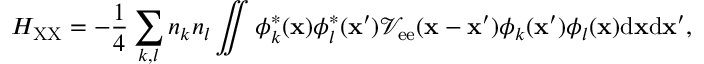
H _ { \mathrm { X X } } = - \frac { 1 } { 4 } \sum _ { k , l } { n _ { k } n _ { l } \iint { \phi _ { k } ^ { * } ( { \bf x } ) \phi _ { l } ^ { * } ( { \bf x } ^ { \prime } ) \mathcal { V } _ { \mathrm { e e } } ( { \bf x } - { \bf x } ^ { \prime } ) \phi _ { k } ( { \bf x } ^ { \prime } ) \phi _ { l } ( { \bf x } ) \mathrm { d } { \bf x } \mathrm { d } { \bf x } ^ { \prime } , } }